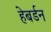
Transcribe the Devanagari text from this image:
हेबर्डन